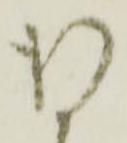
得